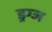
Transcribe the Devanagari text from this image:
ड्रग्ज